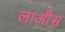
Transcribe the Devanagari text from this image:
लाऔस